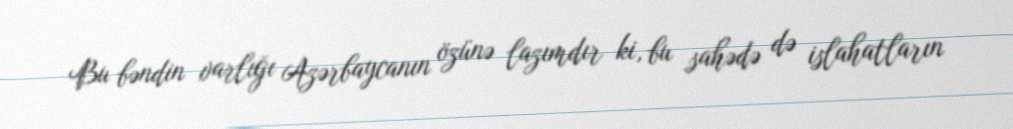
Bu bəndin varlığı Azərbaycanın özünə lazımdır ki, bu sahədə də islahatların